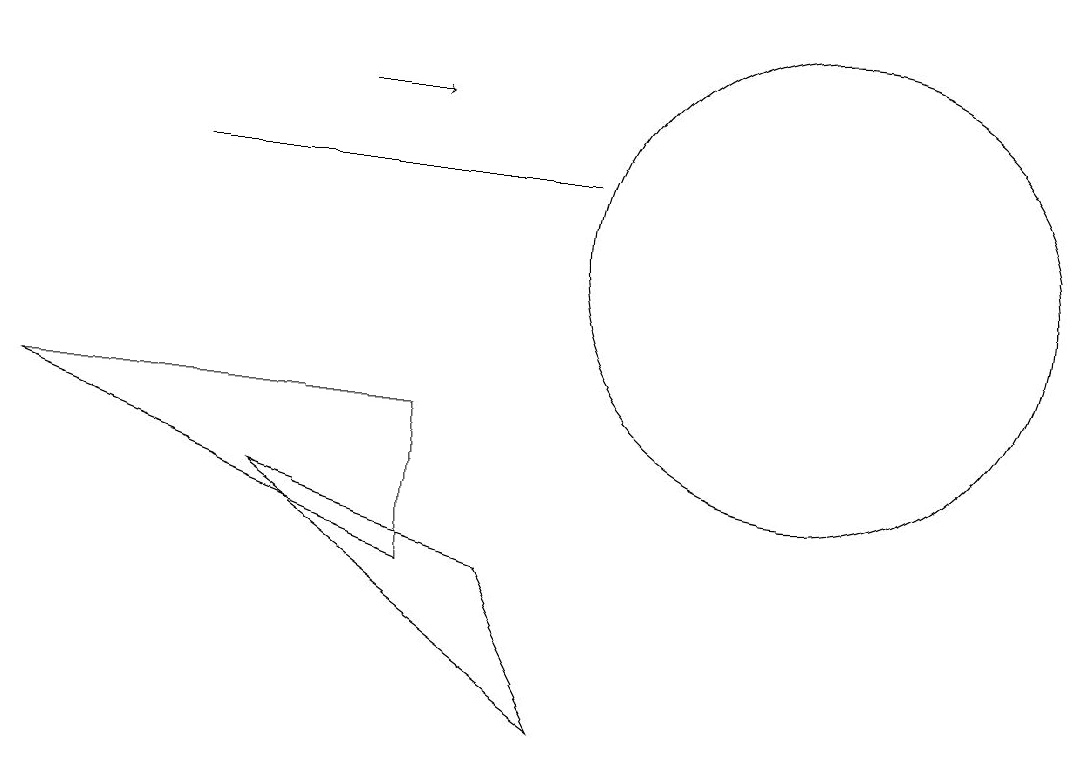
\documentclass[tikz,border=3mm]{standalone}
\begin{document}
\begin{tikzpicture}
\draw[->] (6,13) -- (7,13);
\draw (9,5) -- (5,8) -- (8,7) -- cycle;
\draw (9,12) rectangle (4,12);
\draw (12,11) circle (3);
\draw (2,9) -- (7,7) -- (7,9) -- cycle;
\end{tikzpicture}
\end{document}